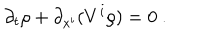
LaTeX: \partial _ { t } \rho + \partial _ { x ^ { i } } ( V ^ { i } \rho ) = 0 \ .